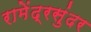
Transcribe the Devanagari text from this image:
रामेंद्रसुंदर